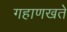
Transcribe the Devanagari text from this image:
गहाणखते